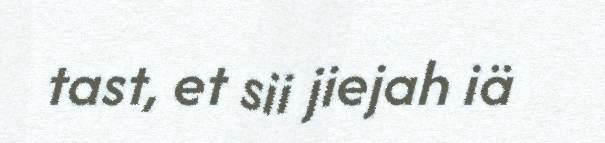
tast, et sii jiejah iä